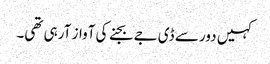
کہیں دور سے ڈی جے بجنے کی آواز آرہی تھی۔